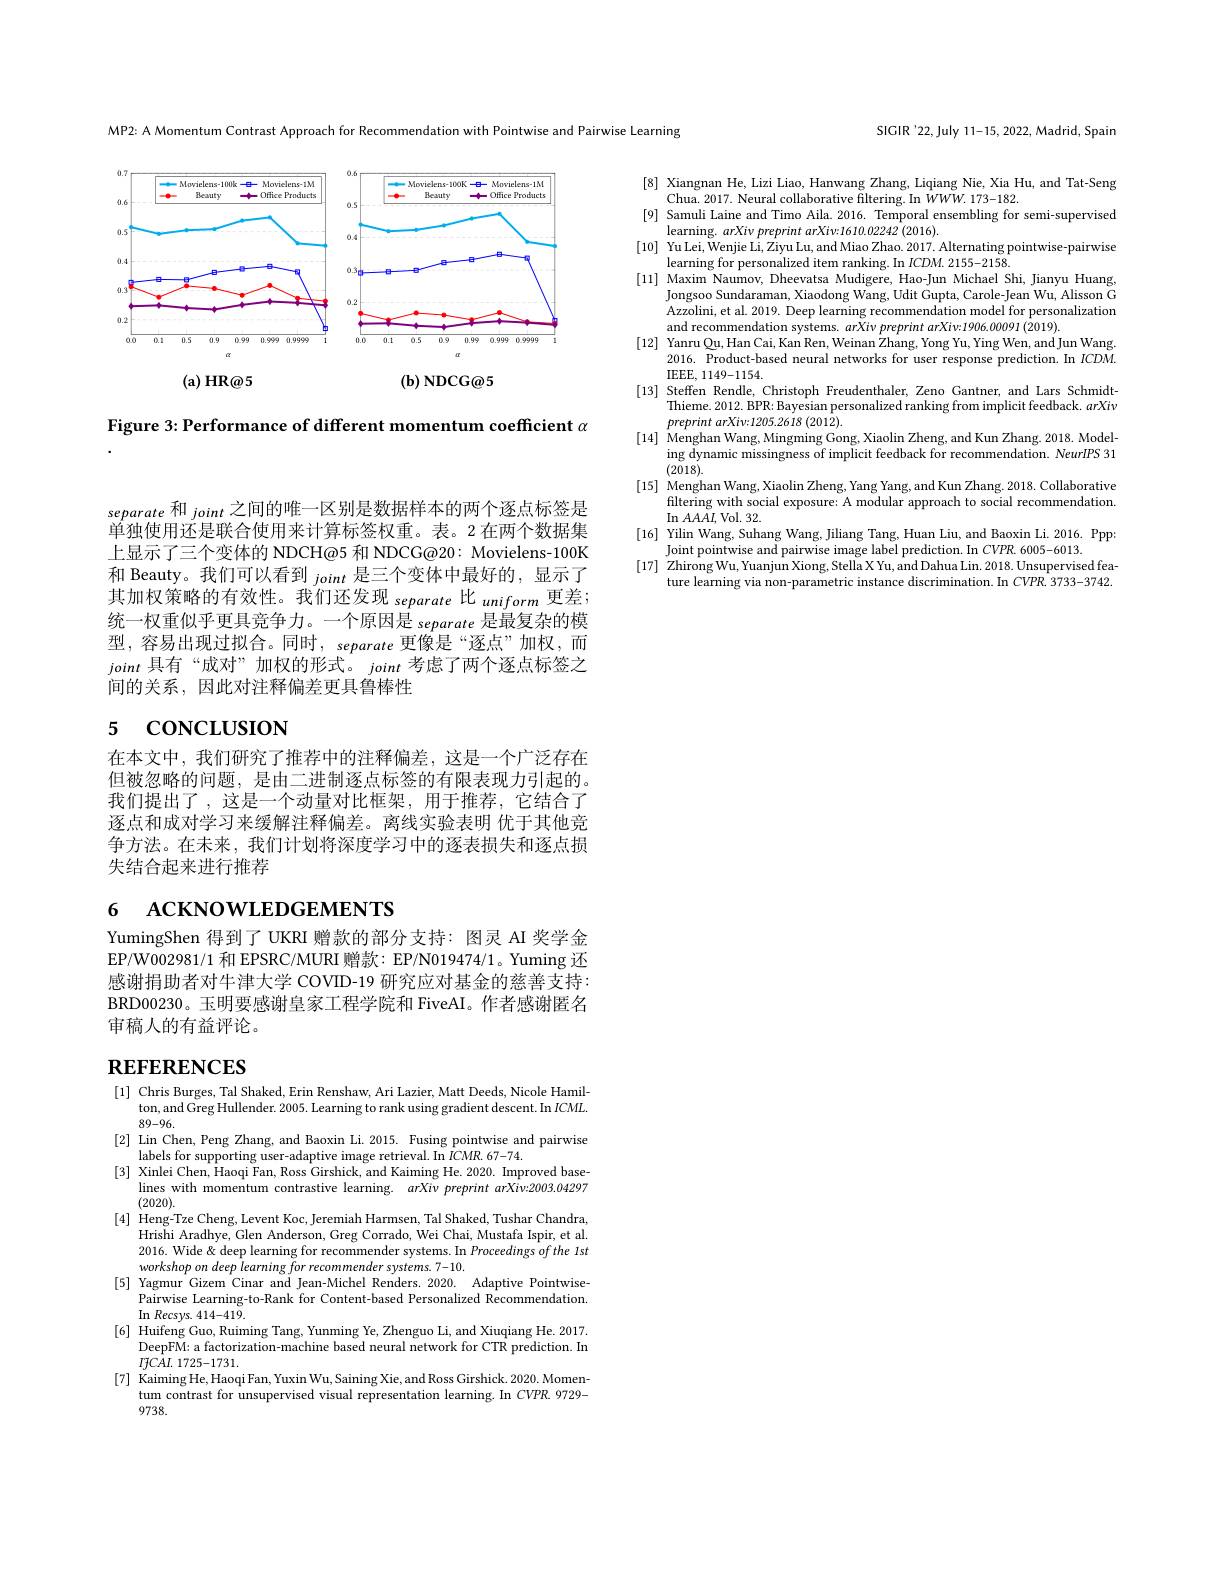
MP2: A Momentum Contrast Approach for Recommendation with Pointwise and Pairwise Learning

<FigureHere>

Figure 3: Performance of different momentum coefficient $\alpha$

SIGIR'22,July 11-15,2022, Madrid, Spain

[8] Xiangnan He, Lizi Liao, Hanwang Zhang, Liqiang Nie, Xia Hu, and Tat-Seng
Chua. 2017. Neural collaborative filtering. In $WWW.173-182.$
[9] Samuli Laine and Timo Aila. 2016. Temporal ensembling for semi-supervised
learning. arXiv preprint arXiv:1610.02242 (2016).
[10] Yu Lei, Wenjie Li, Ziyu Lu, and Miao Zhao. 2017. Alternating pointwise-pairwise
learning for personalized item ranking. In $ICDM. 2155- 2158.$ learning for personalized item ranking. In $ICDM. 2155- 2158.$
[11] Maxim Naumov, Dheevatsa Mudigere, Hao-Jun Michael Shi, Jianyu Huang,
Jongsoo Sundaraman, Xiaodong Wang, Udit Gupta, Carole-Jean Wu, Alisson G Azzolini, et al. 2019. Deep learning recommendation model for personalization and recommendation systems. $arXivpreprintarXiv:1906.00091(2019).$
[12] Yanru Qu, Han Cai, Kan Ren, Weinan Zhang, Yong Yu, Ying Wen, and Jun Wang
2016. Product-based neural networks for user response prediction. In $ICDM.$
IEEE, 1149- 1154.
[13] Steffen Rendle, Christoph Freudenthaler, Zeno Gantner, and Lars Schmidt-
Thieme. 2012. BPR: Bayesian personalized ranking from implicit feedback. arXiv
$preprintarXiv{:}1205.2618(2012).$
[14] Menghan Wang, Mingming Gong, Xiaolin Zheng, and Kun Zhang. 2018. Model-
$\operatorname{ing}$ dynamic missingness of implicit feedback for recommendation. NeurIPS 31
(2018).
[15] Menghan Wang, Xiaolin Zheng, Yang Yang, and Kun Zhang. 2018. Collaborative
filtering with social exposure: A modular approach to social recommendation.
In $AAAI$, Vol. 32.
[16] Yilin Wang, Suhang Wang, Jiliang Tang, Huan Liu, and Baoxin Li. 2016. Ppp:
Joint pointwise and pairwise image label prediction. In CVPR. 6005- 6013. Joint pointwise and pairwise image label prediction. In CVPR. 6005- 6013.
[17] Zhirong Wu, Yuanjun Xiong, Stella X Yu, and Dahua Lin. 2018. Unsupervised fea-
ture learning via non-parametric instance discrimination. In $CVPR.$ 3733-3742.

separate 和joint之间的唯一区别是数据样本的两个逐点标签是单独使用还是联合使用来计算标签权重。表。2 在两个数据集上显示了三个变体的 NDCH@5 和 NDCG@20: Movielens-100K 和 Beauty。我们可以看到joint是三个变体中最好的，显示了其加权策略的有效性。我们还发现 separate 比 uniform 更差； 统一权重似乎更具竞争力。一个原因是 separate 是最复杂的模型，容易出现过拟合。同时，separate 更像是“逐点”加权，而joint具有“成对”加权的形式。joint考虑了两个逐点标签之间的关系，因此对注释偏差更具鲁棒性

# 5 concusıon

在本文中，我们研究了推荐中的注释偏差，这是一个广泛存在但被忽略的问题，是由二进制逐点标签的有限表现力引起的。我们提出了，这是一个动量对比框架，用于推荐，它结合了逐点和成对学习来缓解注释偏差。离线实验表明 优于其他竞争方法。在未来，我们计划将深度学习中的逐表损失和逐点损失结合起来进行推荐

# 6 ACKNOWLEDGEMENTS

YumingShen 得到了 UKRI 赠款的部分支持：图灵 AI 奖学金EP/W002981/1 和 EPSRC/MURI 赠款：EP/N019474/1。Yuming 还感谢捐助者对牛津大学 COVID-19 研究应对基金的慈善支持： BRD00230。玉明要感谢皇家工程学院和 FiveAI。作者感谢匿名审稿人的有益评论。

# $\mathbf{REFERENCES}$

[1] Chris Burges, Tal Shaked, Erin Renshaw, Ari Lazier, Matt Deeds, Nicole Hamil-
ton, and Greg Hullender. 2005. Learning to rank using gradient descent. In $ICML.$
89-96.
[2] Lin Chen, Peng Zhang, and Baoxin Li. 2015. Fusing pointwise and pairwise
[3] Xinlei Chen, Haoqi Fan, Ross Girshick, and Kaiming He. 2020. Improved base-
lines with momentum contrastive learning. arXiv preprint arXiv:2003.04297
(2020).
[4] Heng-Tze Cheng, Levent Koc, Jeremiah Harmsen, Tal Shaked, Tushar Chandra,
Hrishi Aradhye, Glen Anderson, Greg Corrado, Wei Chai, Mustafa Ispir, et al. 2016. Wide & deep learning for recommender systems. In Proceedings of the Ist workshop on deep leaming for recommender systems. 7-10.
[5] Yagmur Gizem Cinar and Jean-Michel Renders. 2020. Adaptive Pointwise-
Pairwise Learning-to-Rank for Content-based Personalized Recommendation.
$\operatorname{In}Recsys.414-419.$
[6] Huifeng Guo, Ruiming Tang, Yunming Ye, Zhenguo Li, and Xiuqiang He. 2017.
DeepFM: a factorization-machine based neural network for CTR prediction. In
$I{\mathcal{f} }CAI.$ 1725-1731.
[7] Kaiming He, Haoqi Fan, Yuxin Wu, Saining Xie, and Ross Girshick. 2020. Momen-
tum contrast for unsupervised visual representation learning. In $CVPR.9729-$
9738.